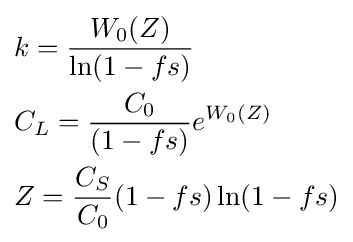
{\begin{aligned}&k={\frac {W_{0}(Z)}{\ln(1-fs)}}\\&C_{L}={\frac {C_{0}}{(1-fs)}}e^{W_{0}(Z)}\\&Z={\frac {C_{S}}{C_{0}}}(1-fs)\ln(1-fs)\end{aligned}}